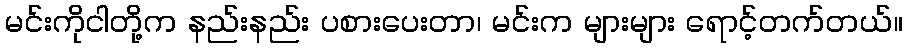
မင်းကိုငါတို့က နည်းနည်း ပစားပေးတာ၊ မင်းက များများ ရောင့်တက်တယ်။